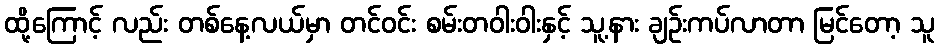
ထို့ကြောင့် လည်း တစ်နေ့လယ်မှာ တင်ဝင်း စမ်းတဝါးဝါးနှင့် သူ့နား ချဉ်းကပ်လာတာ မြင်တော့ သူ